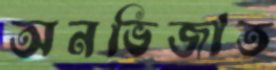
অনভিজাত